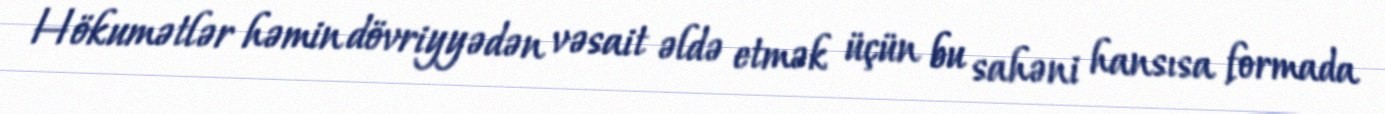
Hökumətlər həmin dövriyyədən vəsait əldə etmək üçün bu sahəni hansısa formada